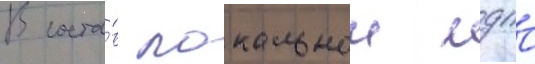
В соста́в локальнои мдпс